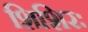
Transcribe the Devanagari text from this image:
शिशिरः